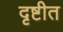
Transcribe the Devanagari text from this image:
दृष्टीत